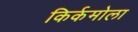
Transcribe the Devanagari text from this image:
किर्कमोला